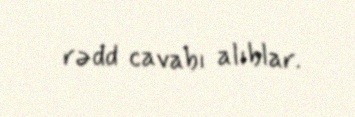
rədd cavabı alıblar.